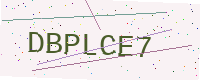
Text: DBPLCE7